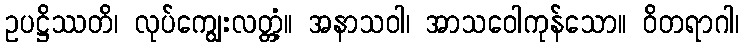
ဥပဋ္ဌိဿတိ၊ လုပ်ကျွေးလတ္တံ့။ အနာသဝါ၊ အာသဝေါကုန်သော။ ဝိတရာဂါ၊